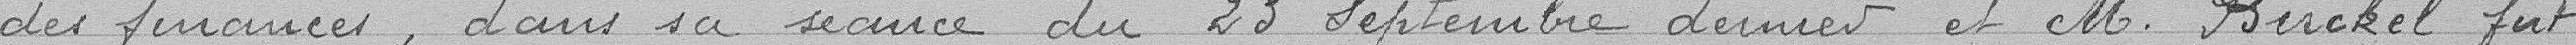
des fiances, dans sa séance du 23 septembre Septembre dernier et M. Birckel fut